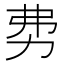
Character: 𠡂